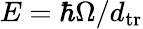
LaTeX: E=\hbar\Omega/d_{\mathrm{tr}}